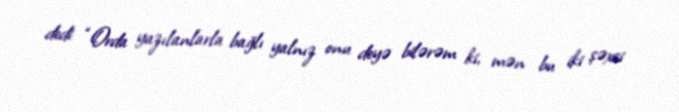
dedi: “Orda yazılanlarla bağlı yalnız onu deyə bilərəm ki, mən bu iki şəxsi